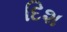
દિશ